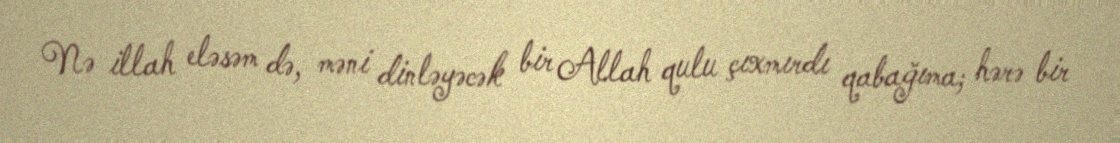
Nə illah eləsəm də, məni dinləyəcək bir Allah qulu çıxmırdı qabağıma; hərə bir